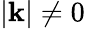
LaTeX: |\mathbf{k}|\neq0